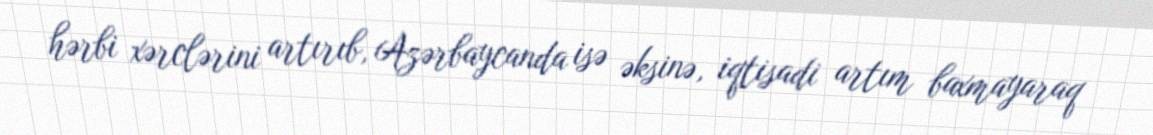
hərbi xərclərini artırıb, Azərbaycanda isə əksinə, iqtisadi artım baxmayaraq